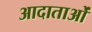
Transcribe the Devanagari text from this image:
आदाताओं